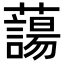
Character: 𮒲